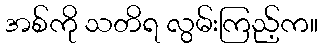
အစ်ကို သတိရ လွမ်းကြည့်က။